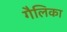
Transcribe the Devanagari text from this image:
गैलिका